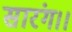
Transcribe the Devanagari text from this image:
सारंग।।